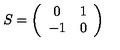
S = \left( \begin{array} { c c } { 0 } & { 1 } \\ { - 1 } & { 0 } \\ \end{array} \right)